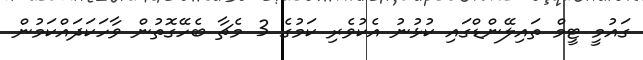
ގައުމީ ޓީމް ތައިލޭންޑްގައި ކުޅުނު އެކުވެރި ކަމުގެ 3 މެޗާ ބެހޭގޮތުން ވާހަކަދައްކަމުން